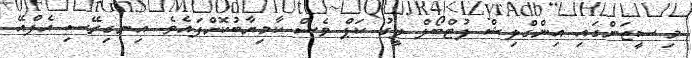
މި ސީޒަންގައި އިންގްލިޝް ފުޓްބޯލް ލީގު ކަޕް ވެސް ކާމިޔާބުކޮށްފައެވެ. އިނގިރޭސި އެފްއޭ